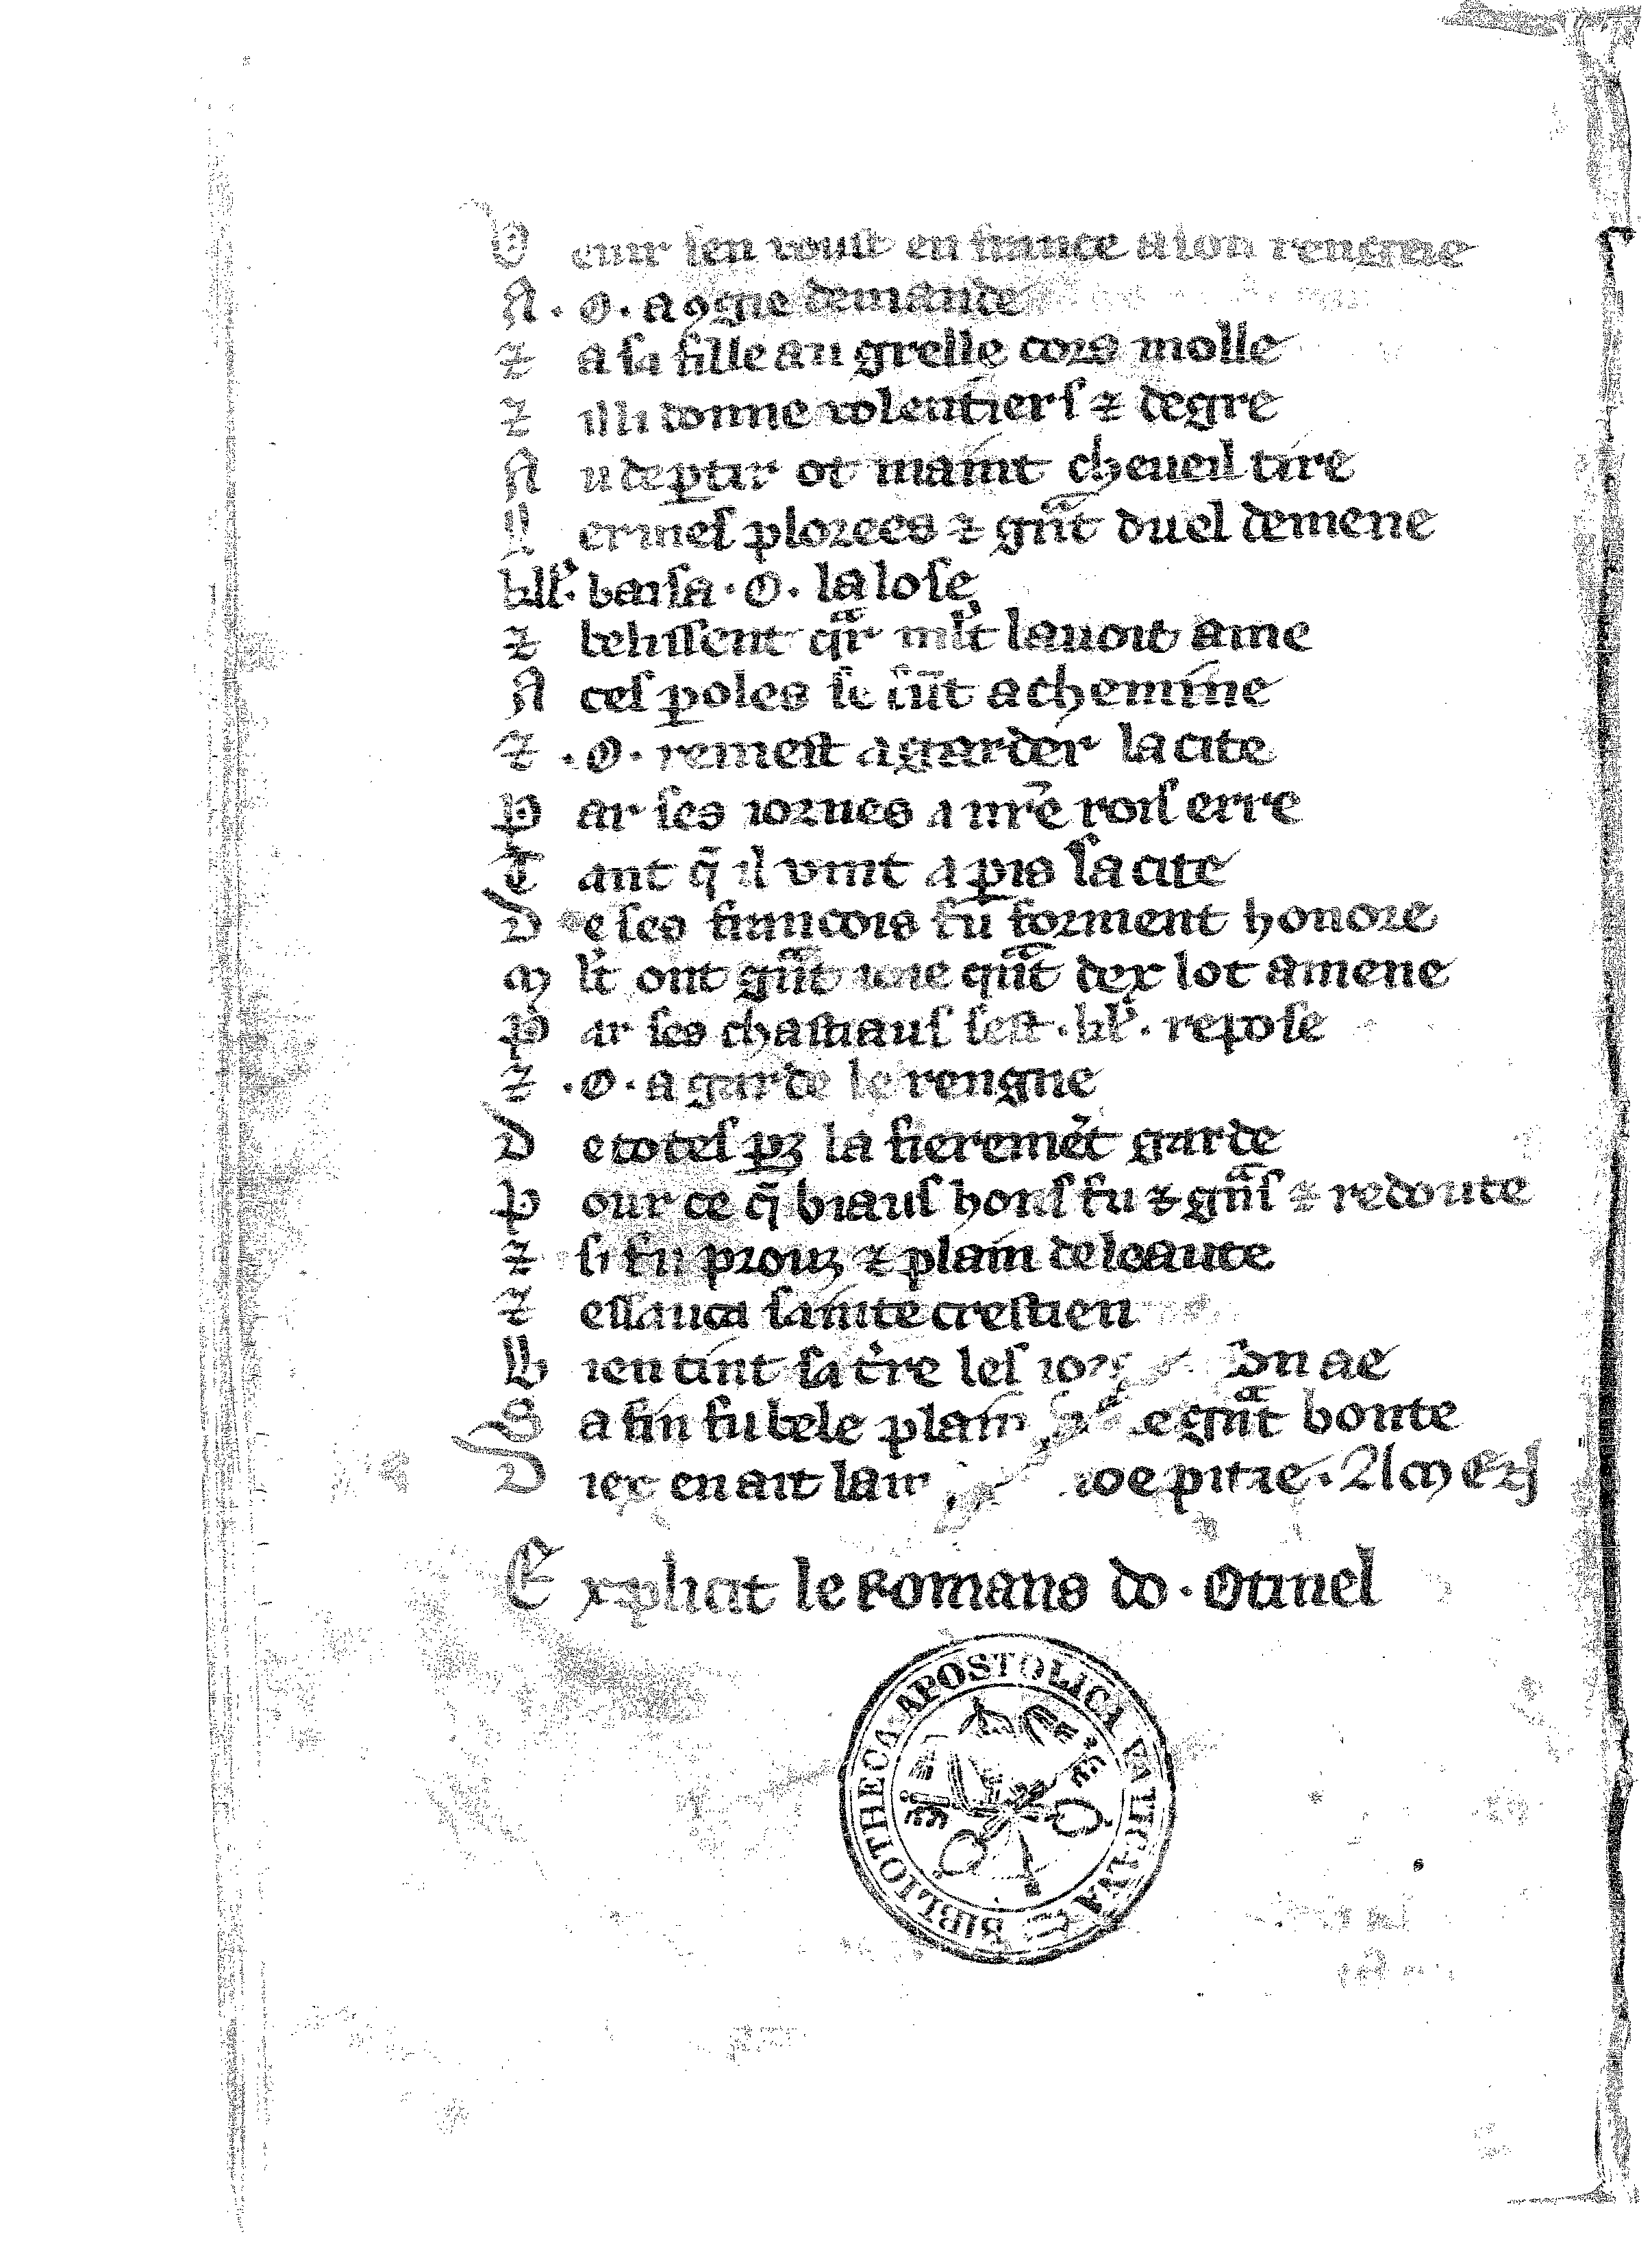
Shelfmark: Vatican, Biblioteca apostolica vaticana, Reg.lat. 1616
Century: 14